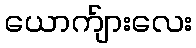
ယောက်ျားလေး